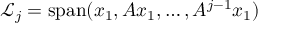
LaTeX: { \mathcal { L } } _ { j } = \operatorname { s p a n } ( x _ { 1 } , A x _ { 1 } , \ldots , A ^ { j - 1 } x _ { 1 } )